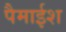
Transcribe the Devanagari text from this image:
पैमाईश